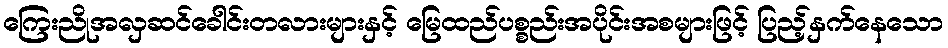
ကြေးညိုအလှဆင်ခေါင်းတလားများနှင့် မြေထည်ပစ္စည်းအပိုင်းအစများဖြင့် ပြည့်နှက်နေသော